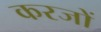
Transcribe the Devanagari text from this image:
करजों